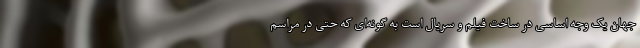
جهان یک وجه اساسی در ساخت فیلم و سریال است به گونه‌ای که حتی در مراسم